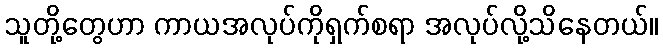
သူတို့တွေဟာ ကာယအလုပ်ကိုရှက်စရာ အလုပ်လို့သိနေတယ်။